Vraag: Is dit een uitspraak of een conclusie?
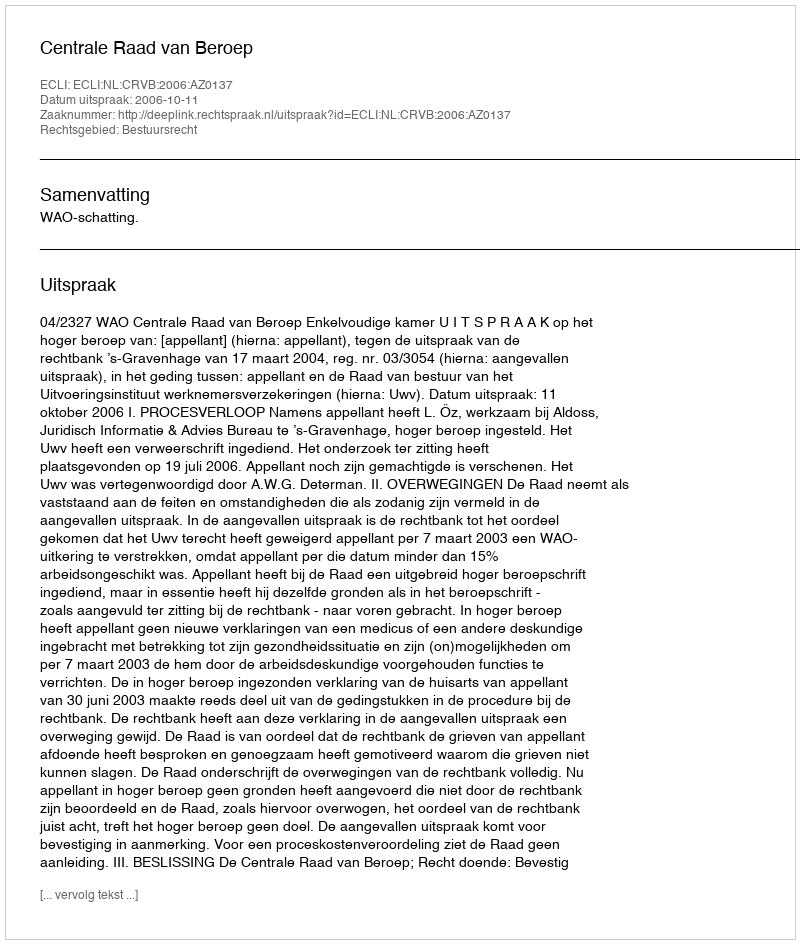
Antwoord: Uitspraak